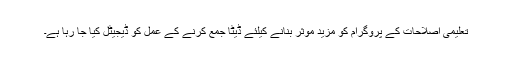
تعلیمی اصلاحات کے پروگرام کو مزید موثر بنانے کیلئے ڈیٹا جمع کرنے کے عمل کو ڈیجیٹل کیا جا رہا ہے۔